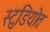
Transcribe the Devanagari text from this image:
स्टुडियोत